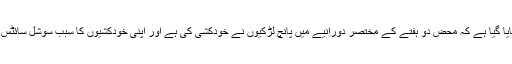
ادھر آسٹریلیا سے ملنے والی اطلاعات میں بتایا گیا ہے کہ محض دو ہفتے کے مختصر دورانیے میں پانچ لڑکیوں نے خودکشی کی ہے اور اپنی خودکشیوں کا سبب سوشل سائٹس پر مخالف بچوں کے کمنٹس کو قرار دیا ہے۔